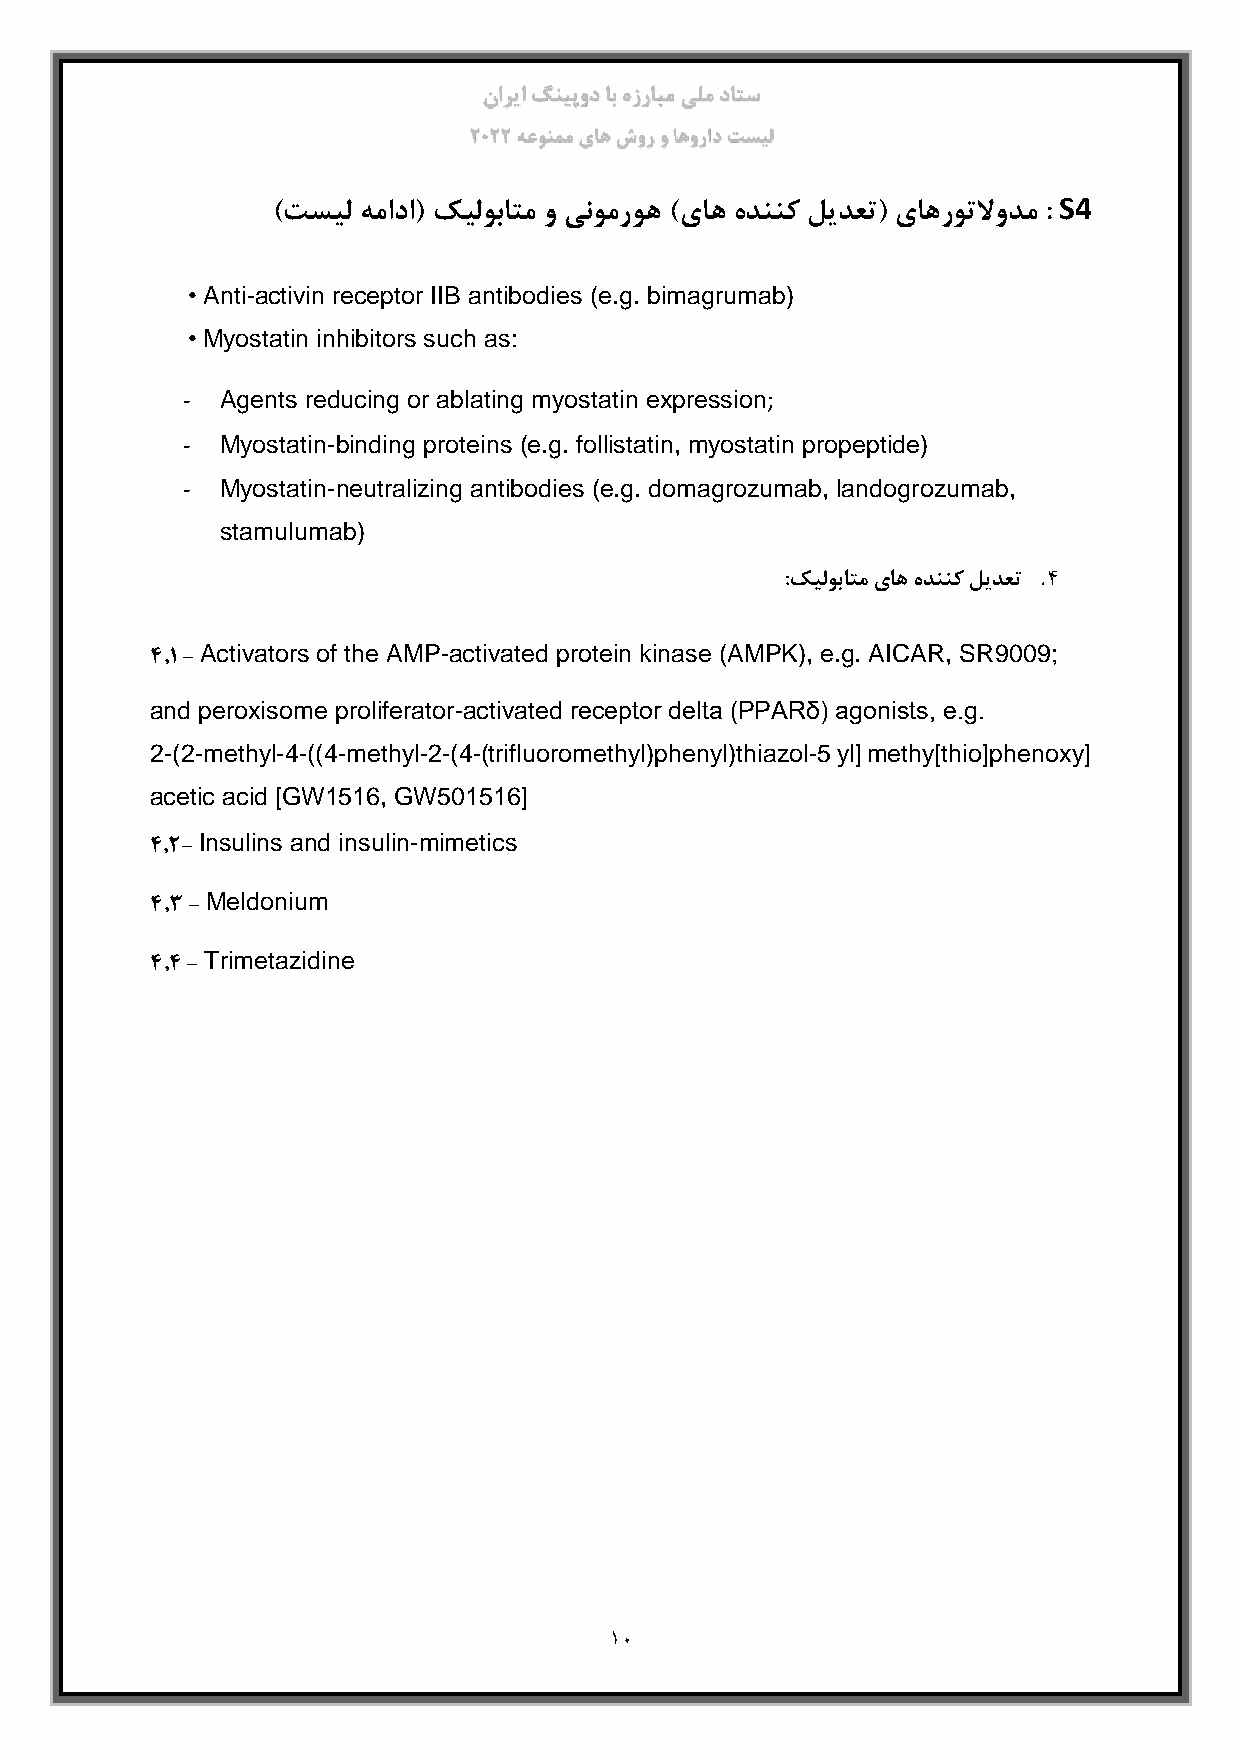
ناریا گنیپود اب هزرابم یلم داتس
 2022 هعونمم یاه شور و اهوراد تسیل
 S4
 )تسیل همادا( کیلوباتم و ینومروه )یاه هدننک لیدعت( یاهروتلاودم :
 • Anti-activin receptor IIB antibodies (e.g. bimagrumab)
 • Myostatin inhibitors such as:
 -  Agents reducing or ablating myostatin expression;
 -  Myostatin-binding proteins (e.g. follistatin, myostatin propeptide)
 -  Myostatin-neutralizing antibodies (e.g. domagrozumab, landogrozumab,
 stamulumab)
 .
 :کیلوباتم یاه هدننک لیدعت 4
 Activators of the AMP-activated protein kinase (AMPK), e.g. AICAR, SR9009;
 4.1 -
 and peroxisome proliferator-activated receptor delta (PPARδ) agonists, e.g.
 2-(2-methyl-4-((4-methyl-2-(4-(trifluoromethyl)phenyl)thiazol-5 yl] methy[thio]phenoxy]
 acetic acid [GW1516, GW501516]
 Insulins and insulin-mimetics
 4.2-
 Meldonium
 4.3 -
 Trimetazidine
 4.4 -
 10